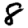
Digit: 8